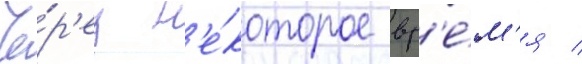
Че́р'ез н'е́которое вр'е́м'я /